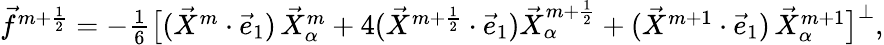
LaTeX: \begin{array}{r}{\vec{f}^{m+\frac{1}{2}}=-\frac{1}{6}\bigl[(\vec{X}^{m}\cdot\vec{e}_{1})\, \vec{X}_{\alpha}^{m}+4(\vec{X}^{m+\frac{1}{2}}\cdot\vec{e}_{1})\vec{X}_{\alpha}^{m+\frac{1}{2}}+(\vec{X}^{m+1}\cdot\vec{e}_{1})\, \vec{X}_{\alpha}^{m+1}\bigr]^{\perp},}\end{array}